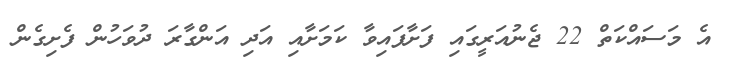
އެ މަސައްކަތް 22 ޖެނުއަރީގައި ފަށާފައިވާ ކަމަށާއި އަދި އަންގާރަ ދުވަހުން ފެށިގެން